Vaccination in Bombay 1863-1868 - 1863-1868
Year: 1863
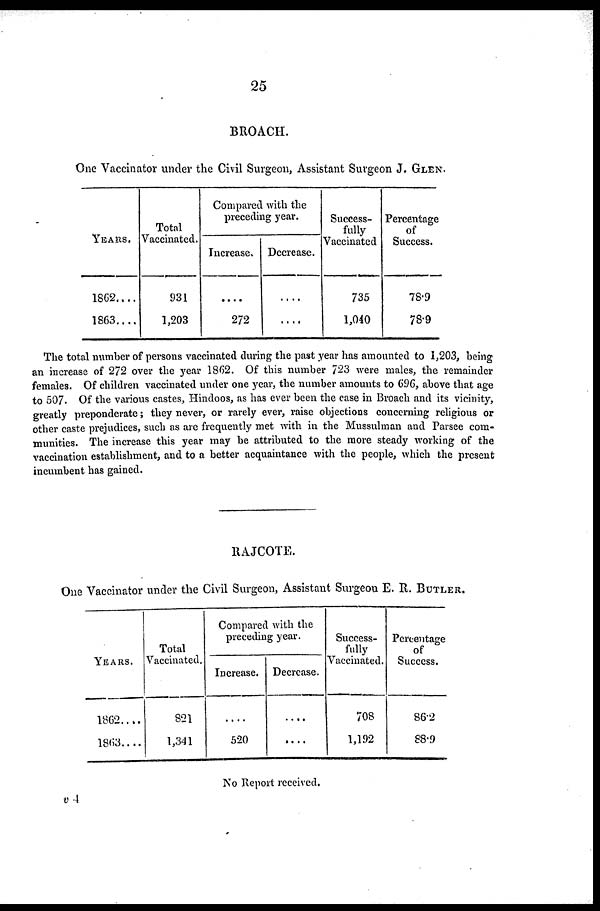
25
BROACH.
One Vaccinator under the Civil Surgeon, Assistant Surgeon J. GLEN.
YEARS.
1862....
1863....
Total
Vaccinated.
931
1,203
Compared with the
preceding year.
Increase.
....
272
Decrease.
....
....
Success-
fully
Vaccinated
735
1,040
Percentage
of
Success.
78.9
78.9
The total number of persons vaccinated during the past year has amounted to 1,203, being
an increase of 272 over the year 1862. Of this number 723 were males, the remainder
females. Of children vaccinated under one year, the number amounts to 696, above that age
to 507. Of the various castes, Hindoos, as has ever been the case in Broach and its vicinity,
greatly preponderate ; they never, or rarely ever, raise objections concerning religious or
other caste prejudices, such as are frequently met with in the Mussulman and Parsee com-
munities. The increase this year may be attributed to the more steady working of the
vaccination establishment, and to a better acquaintance with the people, which the present
incumbent has gained.
RAJCOTE.
One Vaccinator under the Civil Surgeon, Assistant Surgeon E. R. BUTLER.
YEARS.
1862....
1863....
Total
Vaccinated.
821
1,341
Compared with the
preceding year.
Increase.
....
520
Decrease.
....
....
Success-
fully
Vaccinated.
708
1,192
Percentage
of
Success.
86.2
88.9
No Report received.
v 4